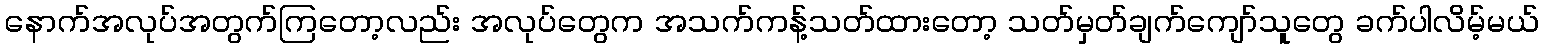
နောက်အလုပ်အတွက်ကြတော့လည်း အလုပ်တွေက အသက်ကန့်သတ်ထားတော့ သတ်မှတ်ချက်ကျော်သူတွေ ခက်ပါလိမ့်မယ်